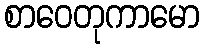
စာဝေတုကာမော